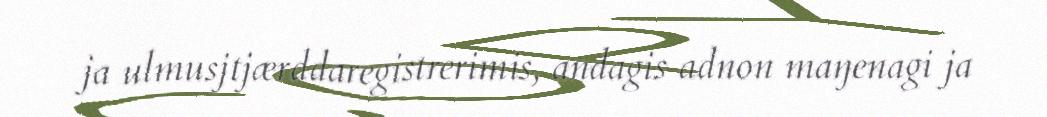
ja ulmusjtjærddaregistrerimis, andagis adnon maŋenagi ja